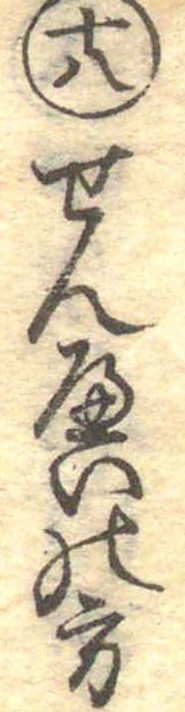
十八せんへいの方